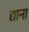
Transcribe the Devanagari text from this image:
द्याना